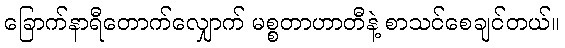
ခြောက်နာရီတောက်လျှောက် မစ္စတာဟာတီနဲ့ စာသင်စေချင်တယ်။